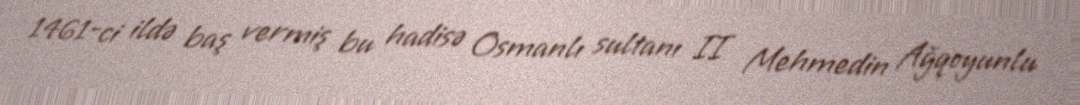
1461-ci ildə baş vermiş bu hadisə Osmanlı sultanı II Mehmedin Ağqoyunlu